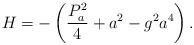
LaTeX: \begin{align*}H = - \left( \frac{P_{a}^{2}}{4} + a^{2} - g^{2} a^{4} \right).\end{align*}